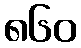
၈၆၀